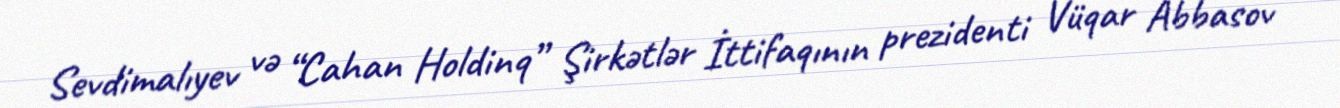
Sevdimalıyev və “Cahan Holdinq” Şirkətlər İttifaqının prezidenti Vüqar Abbasov